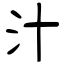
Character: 汁